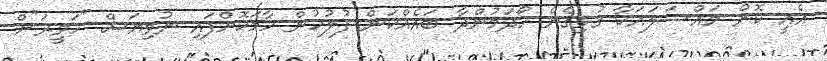
އެއީ ކޮން މައްސަލައަކާ ގުޅިގެން ހޯދަމުންދާ ބައެއްކަން ފުލުހުން ހާމަކޮށްފައި ނުވިޔަސް "ހަވީރަ"ށް